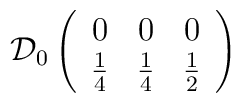
\mathcal{D}_{0}\left( \begin{array}{ccc}0 & 0 & 0\\\frac{1}{4} & \frac{1}{4} & \frac{1}{2}\end{array}\right)